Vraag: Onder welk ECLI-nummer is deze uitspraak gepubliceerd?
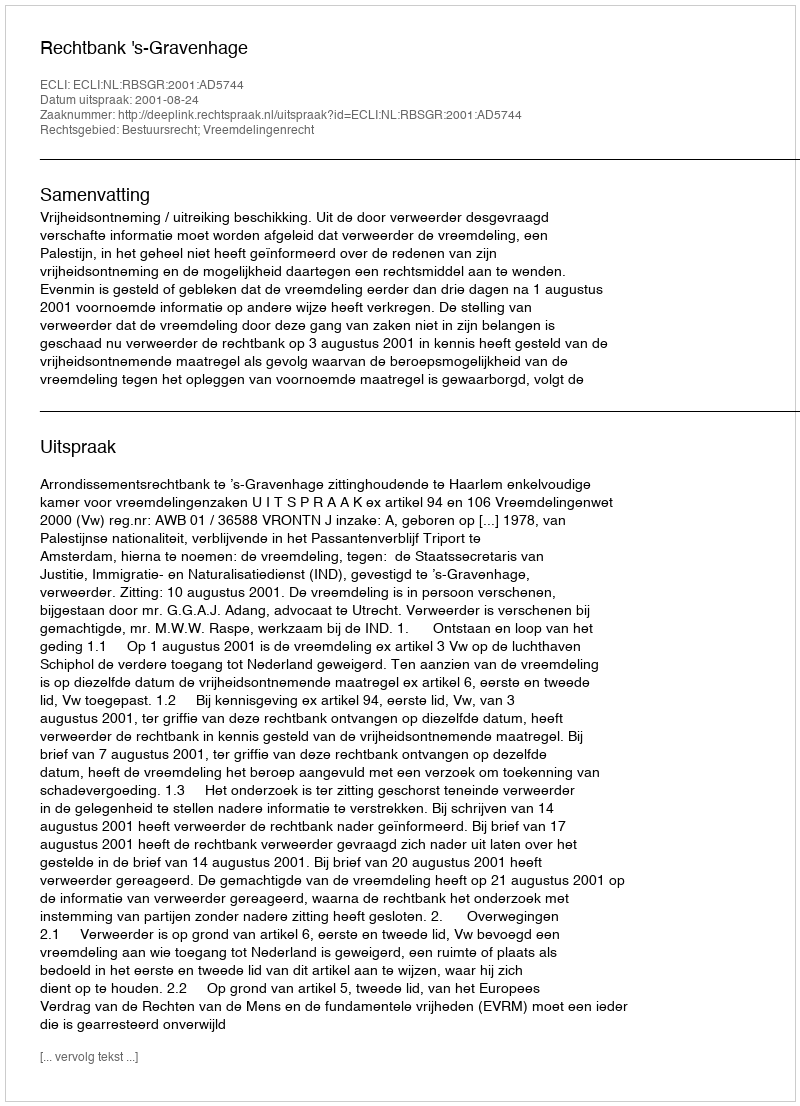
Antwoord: ECLI:NL:RBSGR:2001:AD5744